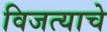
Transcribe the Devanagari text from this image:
विजत्याचे